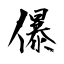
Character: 儤